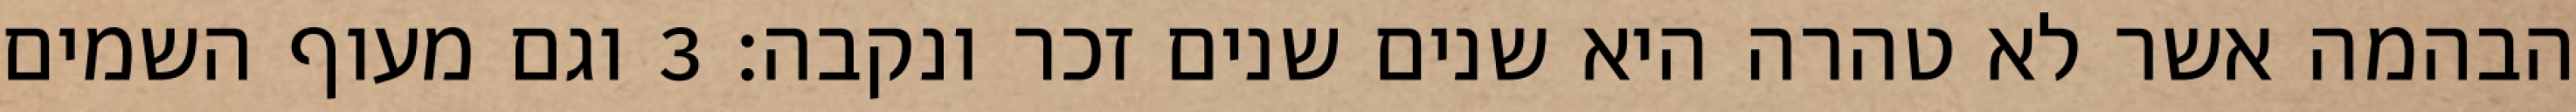
הבהמה אשר לא טהרה היא שנים שנים זכר ונקבה׃ ‎3‏ וגם מעוף השמים